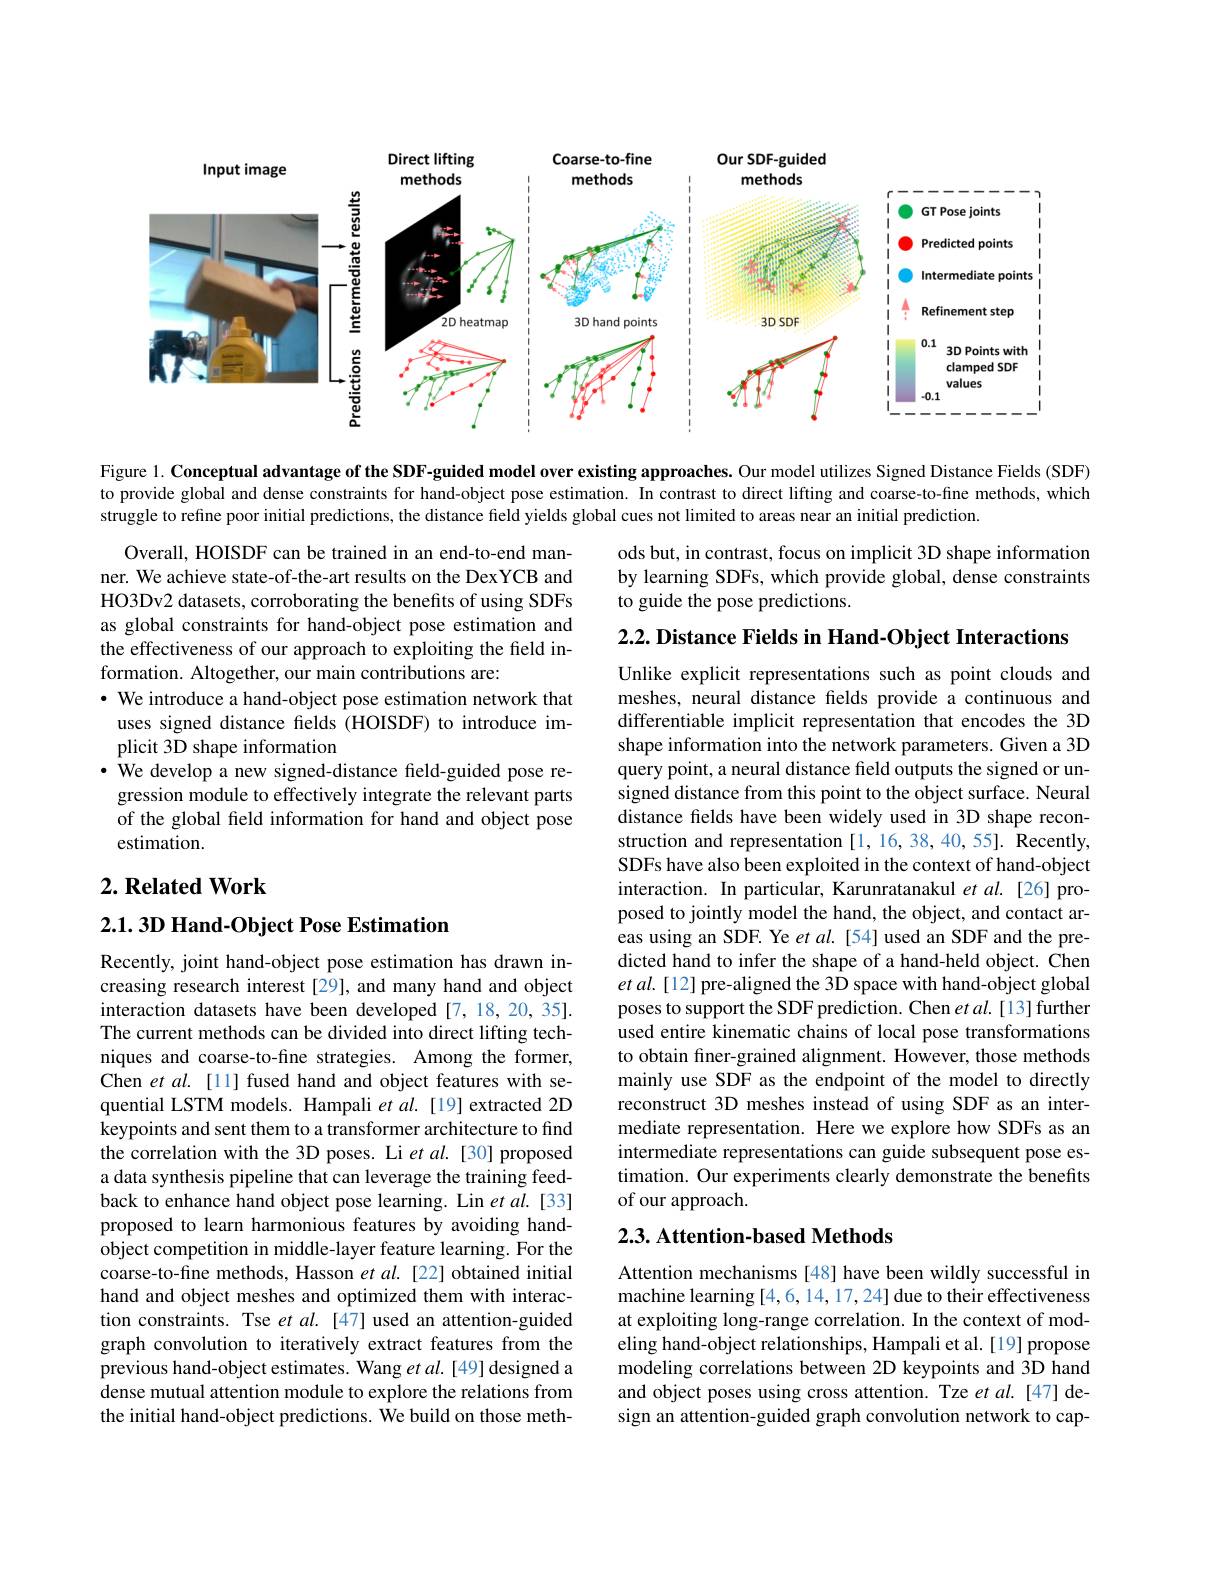
<FigureHere>

Figure 1. Conceptual advantage of the SDF-guided model over existing approaches. Our model utilizes Signed Distance Fields (SDF) to provide global and dense constraints for hand-object pose estimation. In contrast to direct lifting and coarse-to-fine methods, which struggle to refine poor initial predictions, the distance field yields global cues not limited to areas near an initial prediction.

ods but, in contrast, focus on implicit 3D shape information by learning SDFs, which provide global, dense constraints to guide the pose predictions.

$2. 2. \textbf{ Distance Fields in Hand- Object Interactions}$

Overall, HOISDF can be trained in an end-to-end manner. We achieve state-of-the-art results on the DexYCB and HO3Dv2 datasets, corroborating the benefits of using SDFs as global constraints for hand-object pose estimation and the effectiveness of our approach to exploiting the field information. Altogether, our main contributions are:
$\cdot$ We introduce a hand-object pose estimation network that uses signed distance fields (HOISDF) to introduce implicit 3D shape information
· We develop a new signed-distance field-guided pose regression module to effectively integrate the relevant parts of the global feld information for hand and object pose estimation.

## $2. \textbf{Related Work}$

### 2.1.3D Hand-Object Pose Estimation

Unlike explicit representations such as point clouds and meshes, neural distance felds provide a continuous and differentiable implicit representation that encodes the 3D shape information into the network parameters. Given a 3D query point, a neural distance field outputs the signed or unsigned distance from this point to the object surface. Neural distance felds have been widely used in 3D shape reconstruction and representation [1, 16, 38, 40, 55]. Recently, SDFs have also been exploited in the context of hand-object interaction. In particular, Karunratanakul $etal.$[26]proposed to jointly model the hand, the object, and contact areas using an SDF. Ye $etal.$ [54] used an SDF and the predicted hand to infer the shape of a hand-held object. Chen $etal.[12]$ pre-aligned the 3D space with hand-object global poses to support the SDF prediction. Chen et al.[13] further used entire kinematic chains of local pose transformations to obtain finer-grained alignment. However, those methods mainly use SDF as the endpoint of the model to directly reconstruct 3D meshes instead of using SDF as an intermediate representation. Here we explore how SDFs as an intermediate representations can guide subsequent pose estimation. Our experiments clearly demonstrate the benefits of our approach.

Recently, joint hand-object pose estimation has drawn increasing research interest [29], and many hand and object interaction datasets have been developed[7,18,20,35]. The current methods can be divided into direct lifting techniques and coarse-to-fine strategies. Among the former, Chen $etal.[11]$ fused hand and object features with sequential LSTM models. Hampali et al.[19] extracted 2D keypoints and sent them to a transformer architecture to find the correlation with the 3D poses. Li et $al.$ [30] proposed a data synthesis pipeline that can leverage the training feedback to enhance hand object pose learning. Lin et al.[33] proposed to learn harmonious features by avoiding handobject competition in middle-layer feature learning. For the coarse-to-fine methods, Hasson et al.[22] obtained initial hand and object meshes and optimized them with interaction constraints. Tse $etal.[47]$ used an attention-guided graph convolution to iteratively extract features from the previous hand-object estimates. Wang et al. [49] designed a dense mutual attention module to explore the relations from the initial hand-object predictions. We build on those meth-

### $2. 3. \textbf{ Attention- based Methods}$

Attention mechanisms [48] have been wildly successful in machine learning [4,6,14,17,24] due to their effectiveness at exploiting long-range correlation. In the context of modeling hand-object relationships, Hampali et al. [19] propose modeling correlations between 2D keypoints and 3D hand and object poses using cross attention. Tze et al.[47] design an attention-guided graph convolution network to cap-